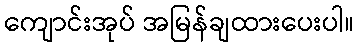
ကျောင်းအုပ် အမြန်ချထားပေးပါ။